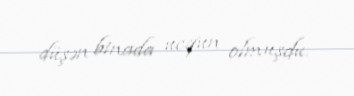
düşən binada ucqun olmuşdu.